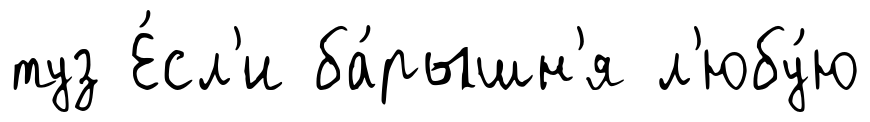
туз Е́сл'и ба́рышн'я л'юбу́ю